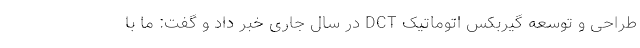
طراحی و توسعه گیربکس اتوماتیک DCT در سال جاری خبر داد و گفت: ما با